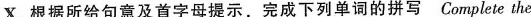
x.根据所给句意及首字母提示,完成下列单词的拼写 Complete the